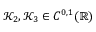
\mathscr { K } _ { 2 } , \mathscr { K } _ { 3 } \in C ^ { 0 , 1 } ( \mathbb { R } )